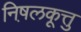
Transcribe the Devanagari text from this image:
निष़लकूत्तु